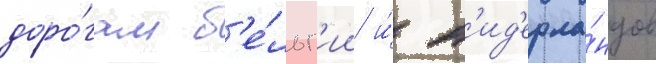
доро́гам б'е́льг'ии и́ н'ид'ерла́ндов